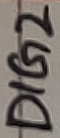
Text: DIG2